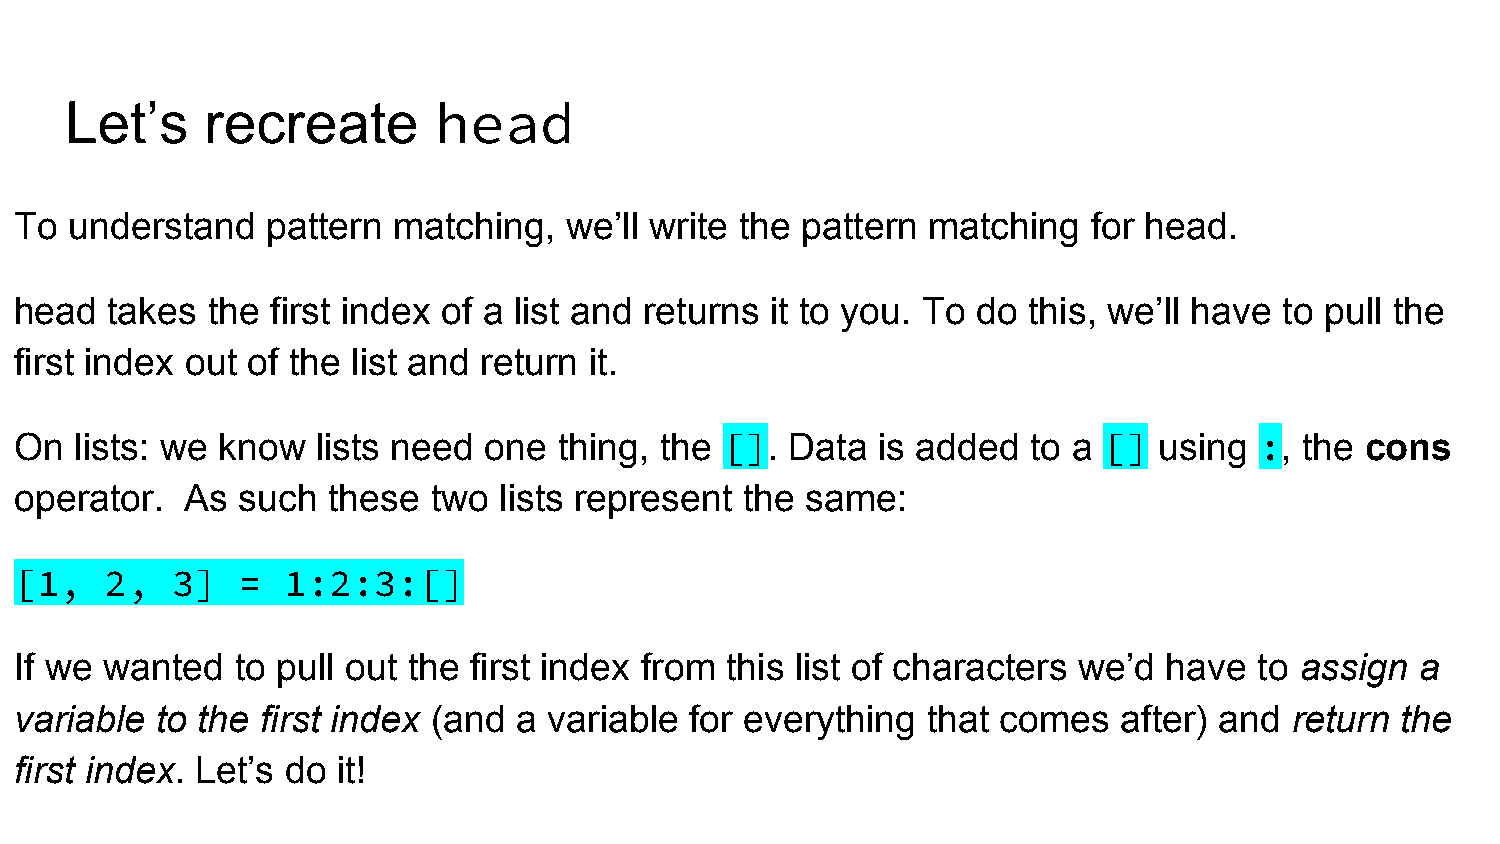
Let’s     recreate       head
 To  understand   pattern matching,  we’ll write the pattern matching   for head.
 head  takes  the first index of a list and returns it to you. To do this, we’ll have to pull the
 first index out of the list and return it.
 On  lists: we know  lists need one  thing, the []. Data  is added  to a []  using :, the cons
 operator.  As  such  these  two lists represent the same:
 [1,   2,  3]   =  1:2:3:[]
 If we wanted   to pull out the first index from this list of characters we’d have to assign  a
 variable to the first index (and a variable  for everything that comes   after) and  return the
 first index. Let’s do it!